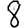
Digit: 8